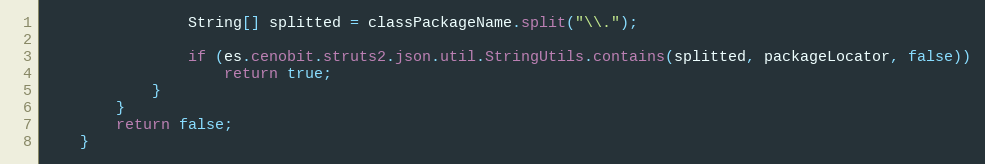
Language: Java
				String[] splitted = classPackageName.split("\\.");

				if (es.cenobit.struts2.json.util.StringUtils.contains(splitted, packageLocator, false))
					return true;
			}
		}
		return false;
	}